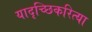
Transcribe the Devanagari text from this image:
यादृच्छिकरित्या